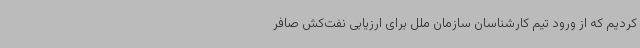
کردیم که از ورود تیم کارشناسان سازمان ملل برای ارزیابی نفت‌کش صافر